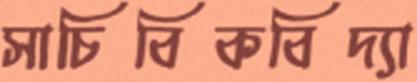
সাচিবিকবিদ্যা